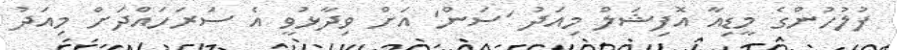
ފުލުހުންގެ މީޑިއާ އޮފިޝަލް މިއަދު 'ސަން' އަށް ވިދާޅުވީ އެ ސަރަހައްދަށް މިއަދު